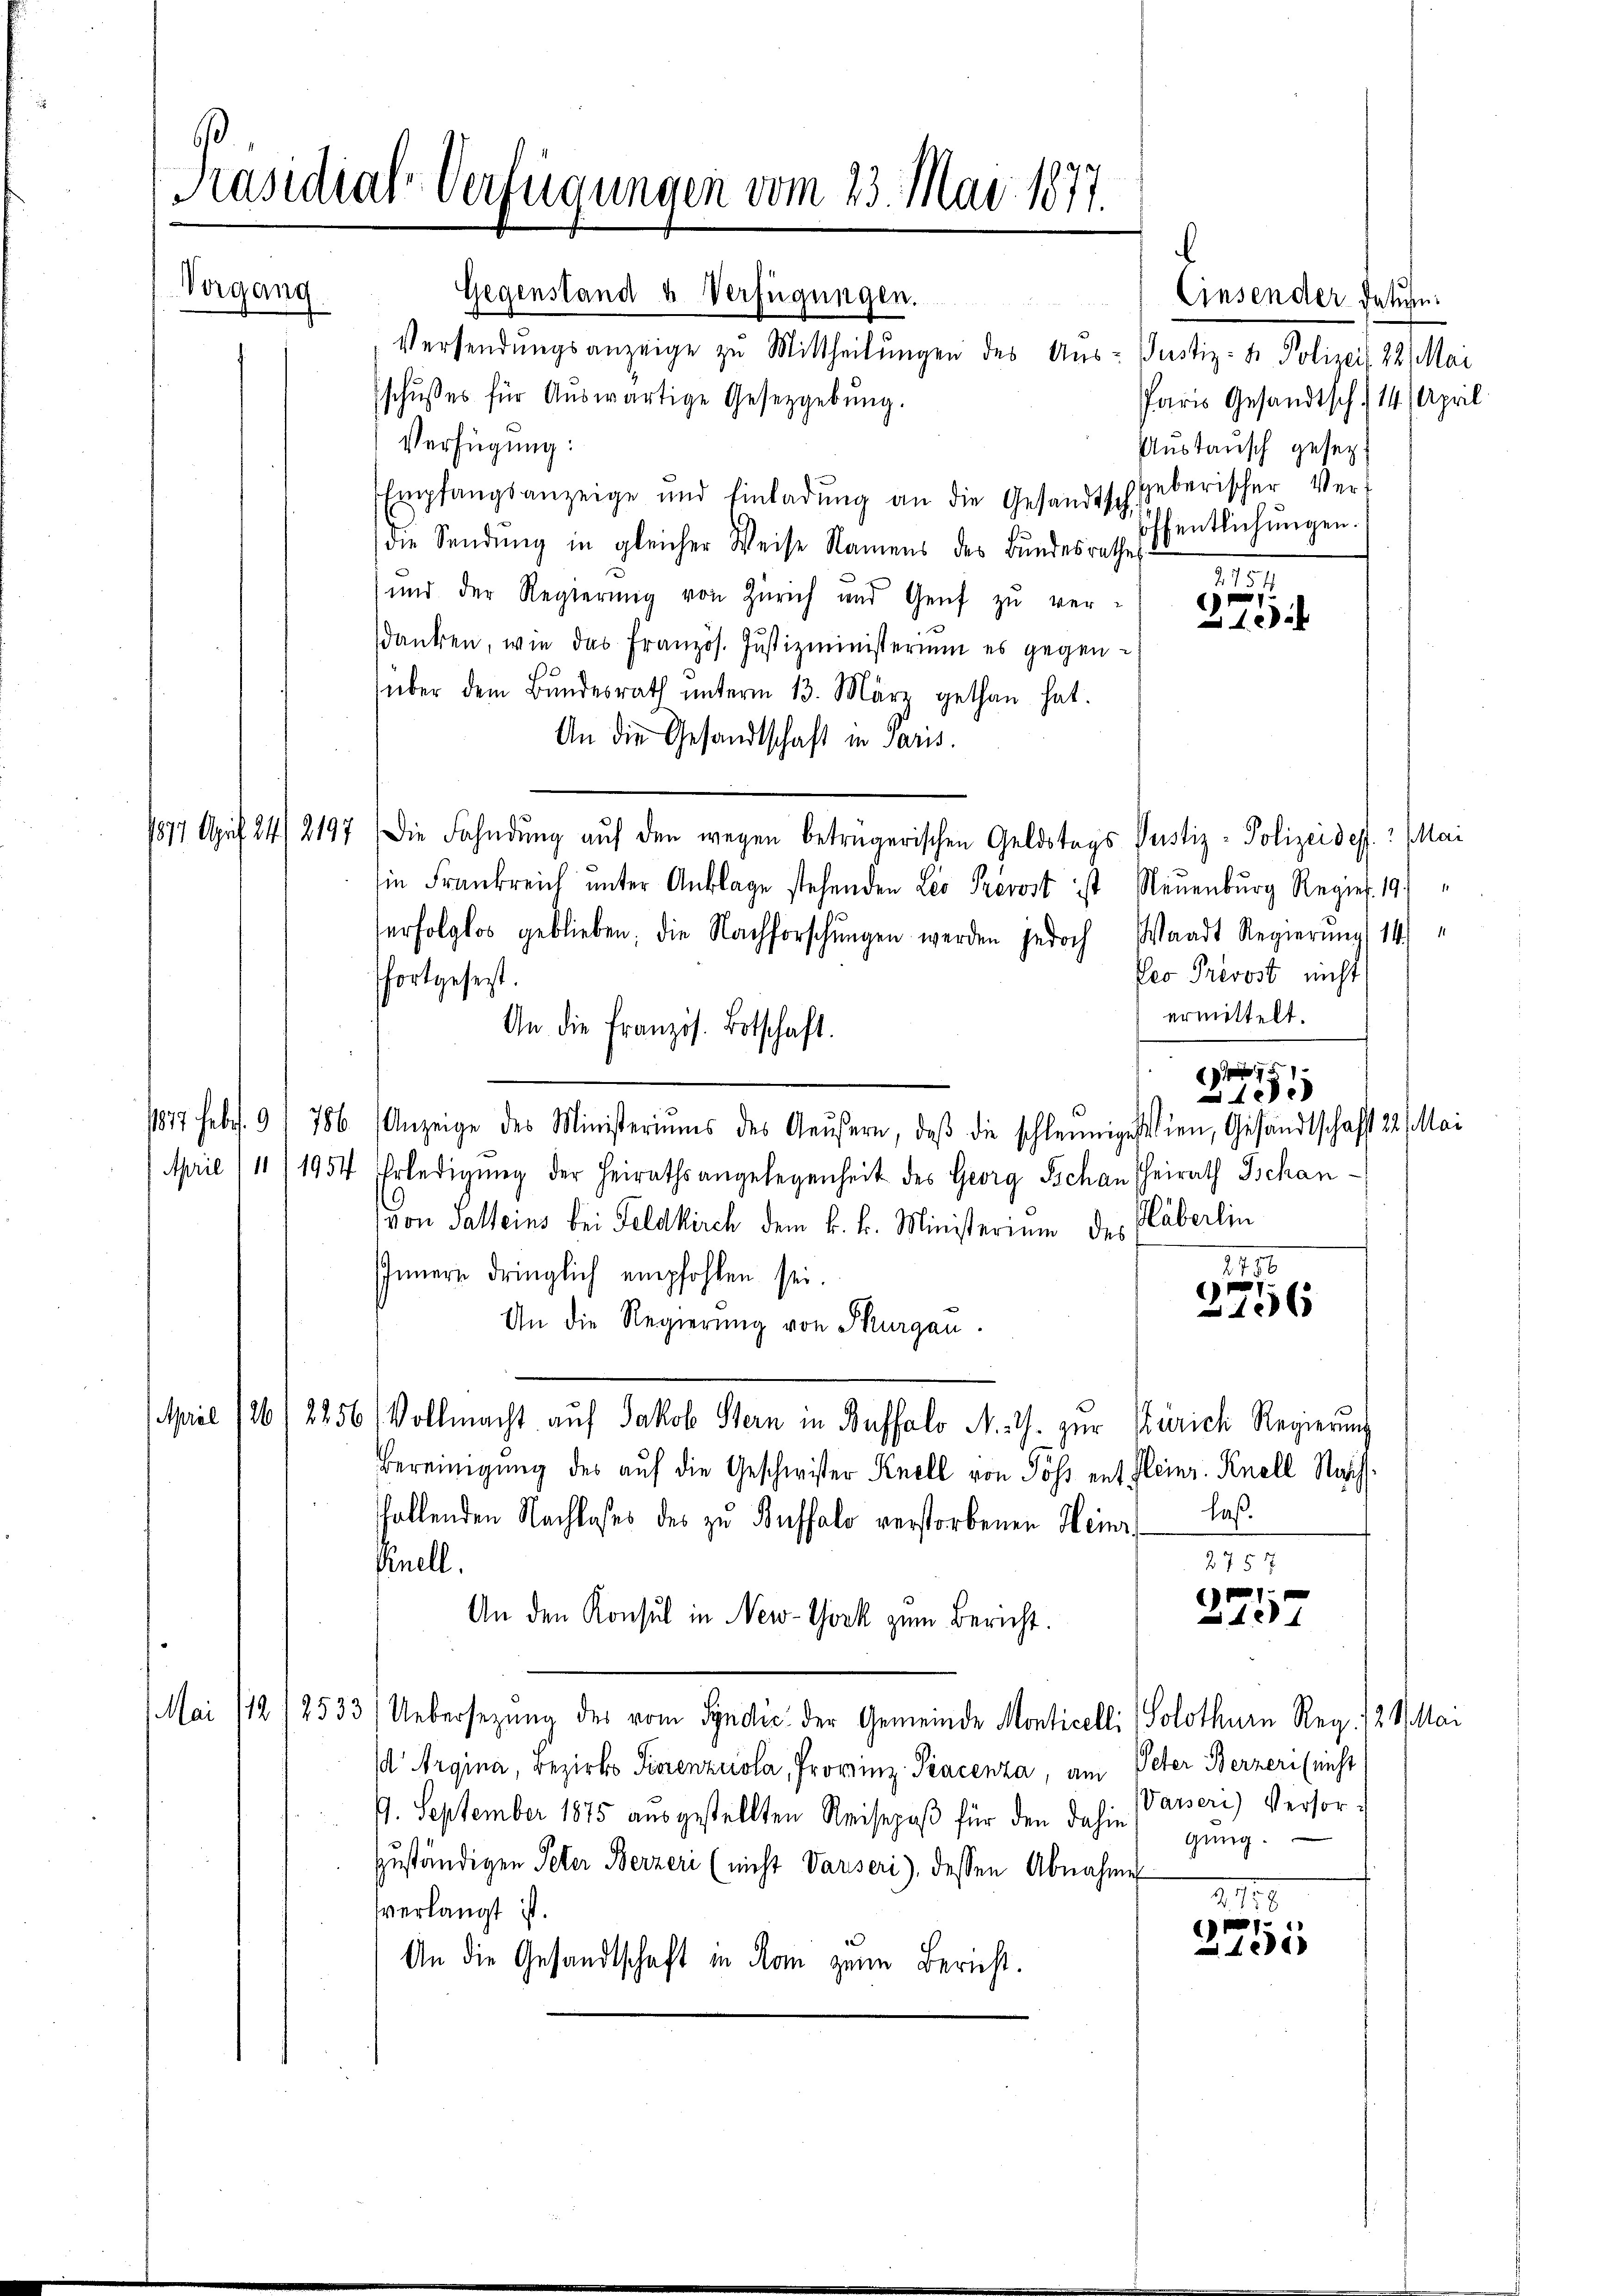
¬

Präsidial-Verfügungen vom 23. Mai 1877.

Vorgang

Apral

Gegenstand & Verfügungen.
Versendungsanzeige zu Mittheilungen des Aus- Justiz- & Polizeit 22 Mai
schŭβes für Aŭswärtige Gesetzgebung.
Paris Gesandtsch. 14. April
Verfügung:
Austausch gesezt
Empfangsanzeige und Einladŭng an die Gesandtschieberischer Ver-
öffentlichungen.
die Sendung in gleicher Weise Namens des Bundesrathe
2754
und der Regierŭng von Zürich und Genf zu ver-
e
10
danken, wie das Französ. Jŭstizministerium es gegenüber dem Bundesrath unterm 13. März gethan hat.
An die Gesandtschaft in Paris.
17 April 24/2197. Die Fahndŭng aŭf den wegen beträgerischen Geldstags Pustiz- Polizeides. Mai
ie Frankreich unter Anklage stehenden Leo Prevost ist Neuenburg Regier. 191
erfolglos geblieben, die Nachforschŭngen werden jedoch Waadt Regierŭng (141
Eeo Prevost nicht
fortgesezt.
ermittelt.
An die Französ. Botschaft.
75
1
1817 febr. 91 786 (Anzeige des Ministeriŭms des Geŭsern, daβ die schleunige Wien, Gesandtschaft 22. Mai
April (11/1954 Erledigŭng der Heirathsangelegenheit des Georg Schan Theirath Tschanvon Salleins bei Feldkirch dem k. k. Ministerium des Häberlin
1100.
IInnern dringlich empfohlen sei.
e
2126
An die Regierung von Thurgau.
26/2256 Vollmacht auf Jakob Stern in Buffalo M. G. zur Zürich Regierung
Bereinigung des auf die Geschwister Knell von Poss entfleinr. Knoll Napf.
ffallenden Nachloses des zu Buffalo verstorbenen Heinrlaß¬
275 7
Knell.
1
157
An den Konsul in New-York zum Bericht.
Mai 112/2533/ Uebersezung des vom Syndić der Gemeinde Monticelli Solothurn Reg. 121. Mai
d Argina, Bezirks Furrenzerola, Provinz Piacenza, am Peter Berzer (nicht
9. September 1875 ausgestellten Reisepaß für den dahin (Passeri) Versorgŭng.
zuständigen Peter Berzer (nicht Varseri), dessen Abnahme
218
verlangt ist.
.
121
An die Gesandtschaft in Rom zum Bericht.

Einsender Datum